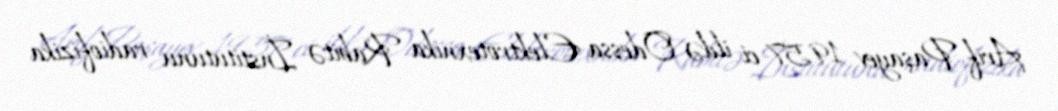
Arif Paşayev 1957-ci ildə Odessa Elektrotexnika Rabitə İnstitutunu radiofizika